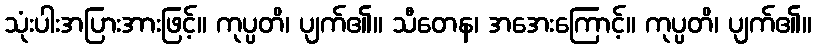
သုံးပါးအပြားအားဖြင့်။ ကုပ္ပတိ၊ ပျက်၏။ သီတေန၊ အအေးကြောင့်။ ကုပ္ပတိ၊ ပျက်၏။